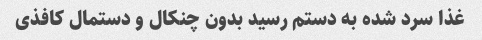
غذا سرد شده به دستم رسید بدون چنکال و دستمال کافذی